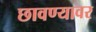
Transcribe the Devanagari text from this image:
छावण्यावर